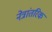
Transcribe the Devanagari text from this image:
नेत्रांतरिक